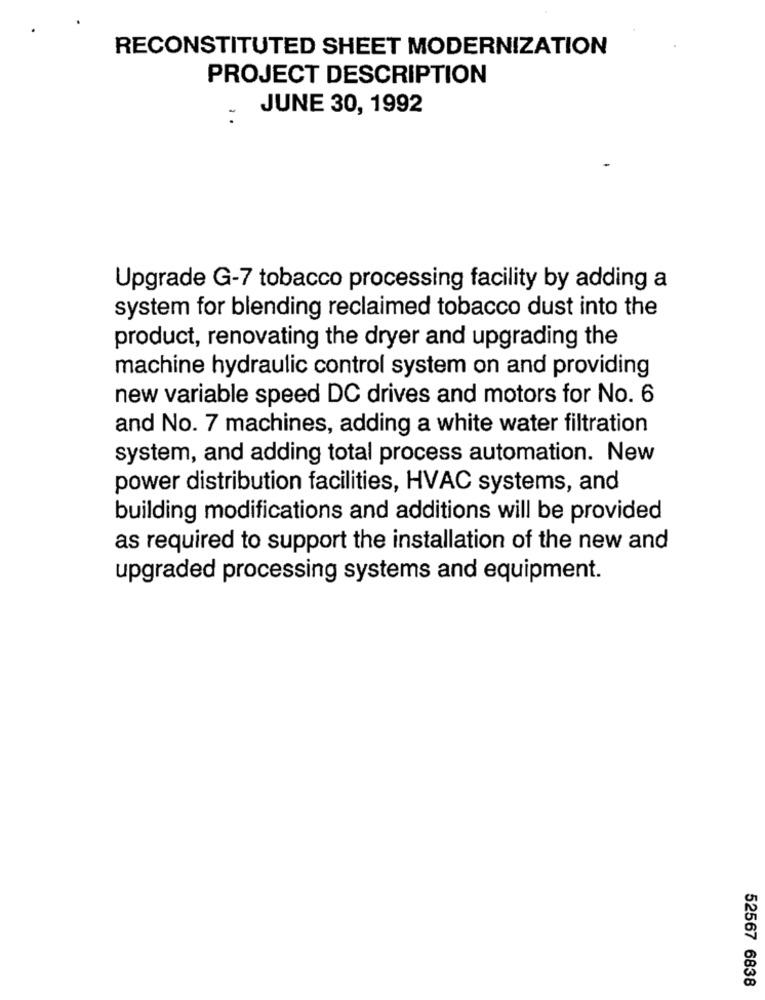
RECONSTITUTED SHEET MODERNIZATION
PROJECT DESCRIPTION
JUNE 30, 1992
-
Upgrade G-7 tobacco processing facility by adding a
system for blending reclaimed tobacco dust into the
product, renovating the dryer and upgrading the
machine hydraulic control system on and providing
new variable speed DC drives and motors for No. 6
and No. 7 machines, adding a white water filtration
system, and adding total process automation. New
power distribution facilities, HVAC systems, and
building modifications and additions will be provided
as required to support the installation of the new and
upgraded processing systems and equipment.
52567 6838